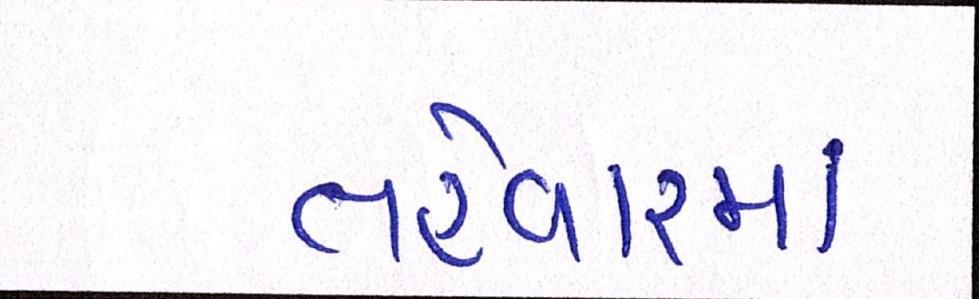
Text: તહેવારમાં